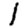
Digit: 1